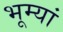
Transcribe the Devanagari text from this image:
भूम्यां